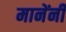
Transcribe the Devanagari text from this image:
मानेंनी